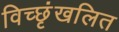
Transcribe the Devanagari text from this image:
विच्छृंखलित